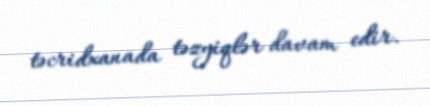
təcridxanada təzyiqlər davam edir.